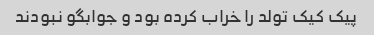
پیک کیک تولد را خراب کرده بود و جوابگو نبودند